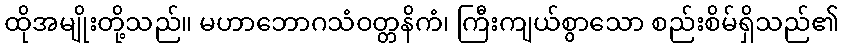
ထိုအမျိုးတို့သည်။ မဟာဘောဂသံဝတ္တနိကံ၊ ကြီးကျယ်စွာသော စည်းစိမ်ရှိသည်၏